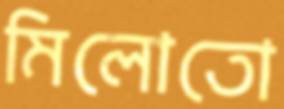
মিলোতো